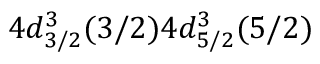
4 d _ { 3 / 2 } ^ { 3 } ( 3 / 2 ) 4 d _ { 5 / 2 } ^ { 3 } ( 5 / 2 )